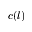
c ( l )